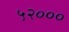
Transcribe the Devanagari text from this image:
५२०००